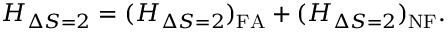
H _ { \Delta S = 2 } = ( H _ { \Delta S = 2 } ) _ { \mathrm { F A } } + ( H _ { \Delta S = 2 } ) _ { \mathrm { N F } } .